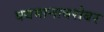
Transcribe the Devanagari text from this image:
वयमानाबरोबर